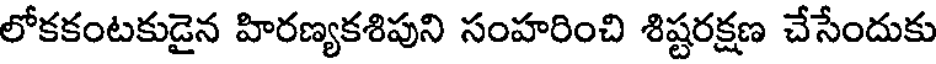
లోకకంటకుడైన హిరణ్యకశిపుని సంహరించి శిష్టరక్షణ చేసేందుకు